Statistical return of the lunatic asylum in Assam - 1912-1932
Year: 1912
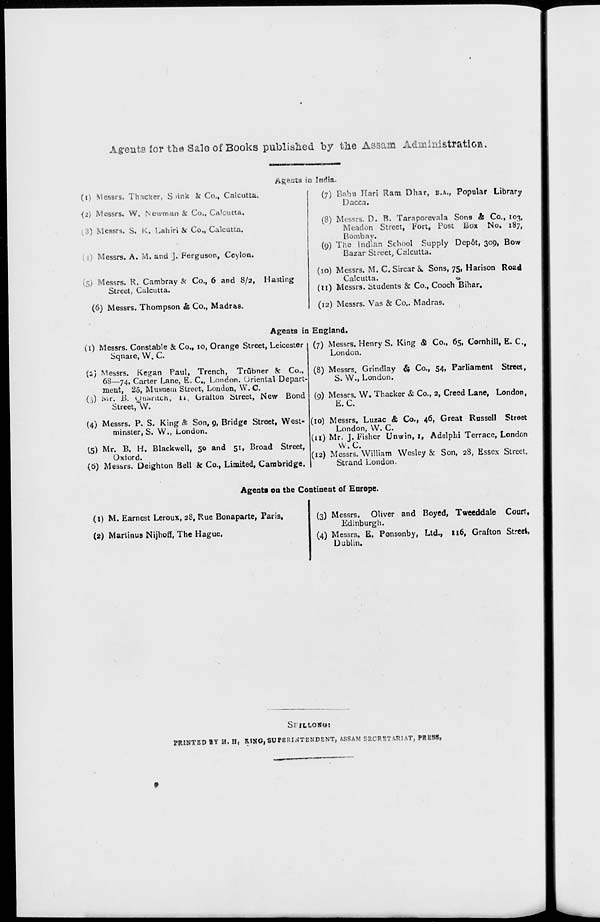
Agents ior the* Salo of Books published by tne Assam Administration.
iigents in India.
(«) Messrs. Thicker, S >ink Sf Co., Calcutta.
^2) Messrs. W. Newman & Co., Calcutta.
(3) Messrs. S. K. Lahiri & Co., Calcutta.
(|) Messrs. A. M. and ]. Ferguson, Ceylon.
(5) Messrs. R. Cambray & Co., 6 and 8/2, Hasting
Street, Calcutta.
(6) Messrs. Thompson & Co., Madras.
(7) Babu Hari Ram Dhar, B.A., Popular Library
Dacca.
(8) Messrs. D. B. Taraporevala Sons & Co., 103,
Meadon Street, Fort, Post Box No. 187,
Bombay.
(9) The Indian School Supply Dep&t, 309, Bow
Bazar Street, Calcutta.
(10) Messrs. M. C. Sircar &. Sons, 75, Harison Road
Calcutta.
o
(11) Messrs. Students & Co., Cooch Bihar.
(12) Messrs. Vas & Co.. Madras.
Agents in England.
(1) Messrs. Constable & Co., 10, Orange Street, Leicester 1 (7) Messrs. Henry S. King & Co., 65, Cornhill, E. C.,
Sqnaie, W. C.
London.
(2) Messrs. Kegan Paul, Trench, Triibner Sr Co.,
68—74, Carter Lane, E. C, London. Oriental Depart-
ment, 25, Musuem Street, London, W. C.
(j) Mr. B. Ouantch, ii s Grafton Street, New Bond
Street~W.
(4) Messrs. P. S. King & Son, 9, Bridge Street, West-
minster, S. W., London.
(5) Mr. B. H. Blackwell, 50 and 51, Broad Street,
Oxford.
(6) Messrs. Deighton Bell k Co., Limited, Cambridge.
(8) Messrs. Grindlay & Co., 54, Parliament Street,
S. W., London.
(9) Messrs. Wo Thacker & Co., 2, Creed Lane, London,
E.G.
(10) Messrs. Luzac & Co., 46, Great Russell Street
London, W. C.
(11) Mr. J. Fisher Unwin, 1, Adelphi Terrace, London
W.C.
(12) Messrs. William Wesley & Son, 28, Essex Street,
Strand London.
Ageota on the Continent of Europe.
(1) M. Earnest Leroux, 28, Rue Bonaparte, Paris,
(2) Martinus Nijhoff, The Hague.
(3) Messrs. Oliver and Boyed, Tweeddale Court,
Edinburgh.
(4) Messrs. E. Ponsonby, Ltd., 116, Grafton Street,
Dublin.
SritLONo:
PRINTED «Y H. H< RING, SUPERINTENDENT, ASSAM SECRETARIAT, PRESS,